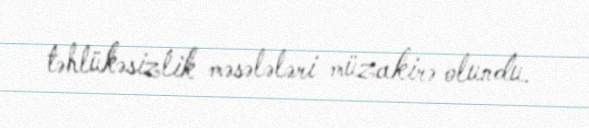
təhlükəsizlik məsələləri müzakirə olundu.